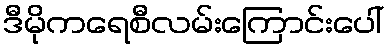
ဒီမိုကရေစီလမ်းကြောင်းပေါ်